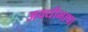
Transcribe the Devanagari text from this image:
अवधीभाषा